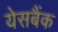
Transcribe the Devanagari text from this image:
येसबैंक